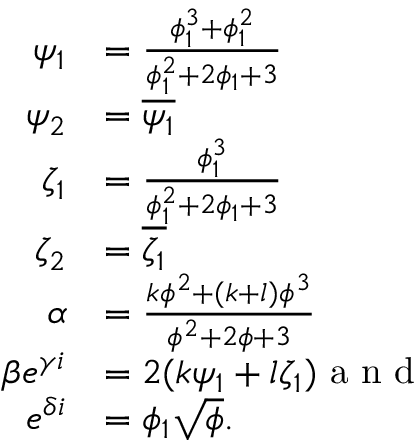
\begin{array} { r l } { \psi _ { 1 } } & { = \frac { \phi _ { 1 } ^ { 3 } + \phi _ { 1 } ^ { 2 } } { \phi _ { 1 } ^ { 2 } + 2 \phi _ { 1 } + 3 } } \\ { \psi _ { 2 } } & { = \overline { { \psi _ { 1 } } } } \\ { \zeta _ { 1 } } & { = \frac { \phi _ { 1 } ^ { 3 } } { \phi _ { 1 } ^ { 2 } + 2 \phi _ { 1 } + 3 } } \\ { \zeta _ { 2 } } & { = \overline { { \zeta _ { 1 } } } } \\ { \alpha } & { = \frac { k \phi ^ { 2 } + ( k + l ) \phi ^ { 3 } } { \phi ^ { 2 } + 2 \phi + 3 } } \\ { \beta e ^ { \gamma i } } & { = 2 ( k \psi _ { 1 } + l \zeta _ { 1 } ) \textrm { a n d } } \\ { e ^ { \delta i } } & { = \phi _ { 1 } \sqrt { \phi } . } \end{array}